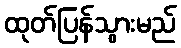
ထုတ်ပြန်သွားမည်